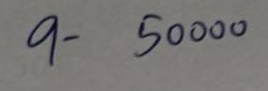
9 - 50000